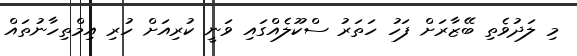
މި ލަދުވެތި ބޭޒާރަށް ފަހު ހަތަރު ސްކޫލެއްގައި ވަނީ ކުރިއަށް ހުރި އިމްތިހާނުތައް